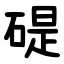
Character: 碮